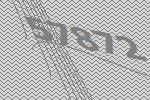
57872